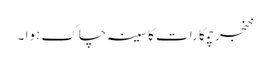
خنجر چمکا رات کا سینہ چاک ہوا ۔